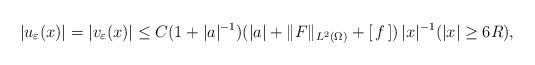
LaTeX: \begin{align*}|u_\varepsilon(x)|=|v_\varepsilon(x)|\leq C(1+|a|^{-1})(|a|+\|F\|_{L^2(\Omega)}+[\,f\,])\,|x|^{-1} (|x|\geq 6R),\end{align*}